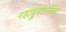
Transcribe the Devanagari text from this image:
महायुध्दानंतर